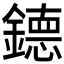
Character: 𮷴